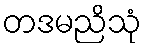
တဒမညိသုံ